Report of the Hyderabad Chloroform Commission
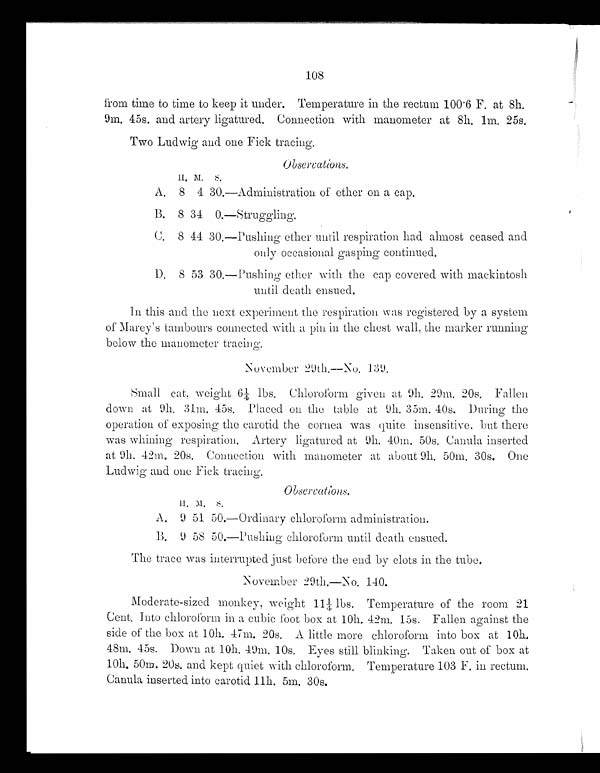
108
from time to time to keep it under. Temperature in the rectum 100 . 6 F. at 8h.
9m. 45s. and artery ligatured. Connection with manometer at 8h. 1m. 25s.
Two Ludwig and one Fick tracing.
Observations.
H . M . S .
A. 8 4 30.—Administration of ether on a cap.
B. 8 34 0.—Struggling.
C. 8 44 30.—Pushing ether until respiration had almost ceased and
only occasional gasping continued.
D. 8 53 30.—Pushing ether with the cap covered with mackintosh
until death ensued.
In this and the next experiment the respiration was registered by a system
of Marey's tambours connected with a pin in the chest wall, the marker running
below the manometer tracing.
November 29th.—No. 139.
Small cat, weight 6¼ lbs. Chloroform given at 9h. 29m. 20s. Fallen
down at 9h. 31m. 45s. Placed on the table at 9h. 35m. 40s. During the
operation of exposing the carotid the cornea was quite insensitive, but there
was whining respiration. Artery ligatured at 9h. 40m. 50s. Canula inserted
at 9h. 42m. 20s. Connection with manometer at about 9h. 50m. 30s. One
Ludwig and one Fick tracing.
Observations.
H . M . S .
A. 9 51 50.—Ordinary chloroform administration.
B. 9 58 50.—Pushing chloroform until death ensued.
The trace was interrupted just before the end by clots in the tube.
November 29th.—No. 140.
Moderate-sized monkey, weight 11¼ lbs. Temperature of the room 21
Cent. Into chloroform in a cubic foot box at 10h. 42m. 15s. Fallen against the
side of the box at 10h. 47m. 20s. A little more chloroform into box at 10h.
48m. 45s. Down at 10h. 49m. 10s. Eyes still blinking. Taken out of box at
10h. 50m. 20s. and kept quiet with chloroform. Temperature 103 F. in rectum.
Canula inserted into carotid 11h. 5m. 30s.